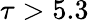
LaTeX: \tau>5.3